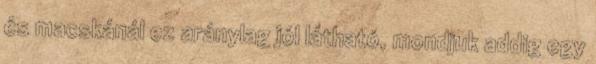
és macskánál ez aránylag jól látható, mondjuk addig egy